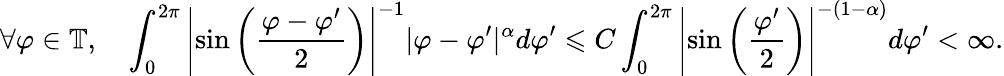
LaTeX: \forall\varphi\in\mathbb{T},\quad\int_{0}^{2\pi}\left|\sin\left(\frac{\varphi-\varphi^{\prime}}{2}\right)\right|^{-1}|\varphi-\varphi^{\prime}|^{\alpha}d\varphi^{\prime}\leqslant C\int_{0}^{2\pi}\left|\sin\left(\frac{\varphi^{\prime}}{2}\right)\right|^{-(1-\alpha)}d\varphi^{\prime}<\infty.